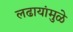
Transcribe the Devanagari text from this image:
लढायांमुळे